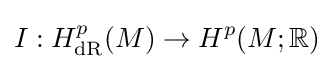
I:H_{\mathrm {dR} }^{p}(M)\to H^{p}(M;\mathbb {R} )